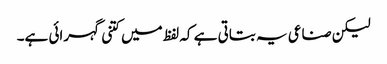
لیکن صناعی یہ بتاتی ہے کہ لفظ میں کتنی گہرائی ہے۔